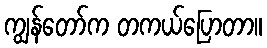
ကျွန်တော်က တကယ်ပြောတာ။